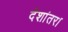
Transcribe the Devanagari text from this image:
देशांतर।